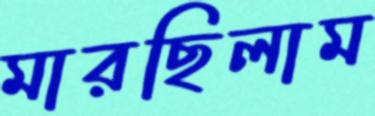
মারছিলাম